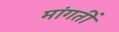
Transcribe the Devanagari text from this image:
मांगतीं